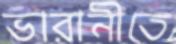
ভারানীতে